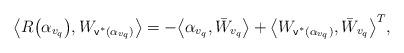
LaTeX: \begin{align*}\big{\langle} R\big{(} \alpha_{v_q}\big{)} , W_{\mathsf{v}^*(\alpha_{v_q})}\big{\rangle} = - \big{\langle}\alpha_{v_q}, \bar W_{v_q}\big{\rangle}+ \big{\langle} W_{\mathsf{v}^*(\alpha_{v_q})}, \bar W_{v_q} \big{\rangle}^{T},\end{align*}